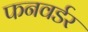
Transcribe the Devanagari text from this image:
फनवर्डर